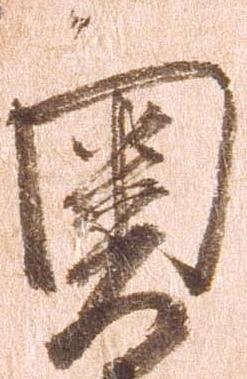
奥